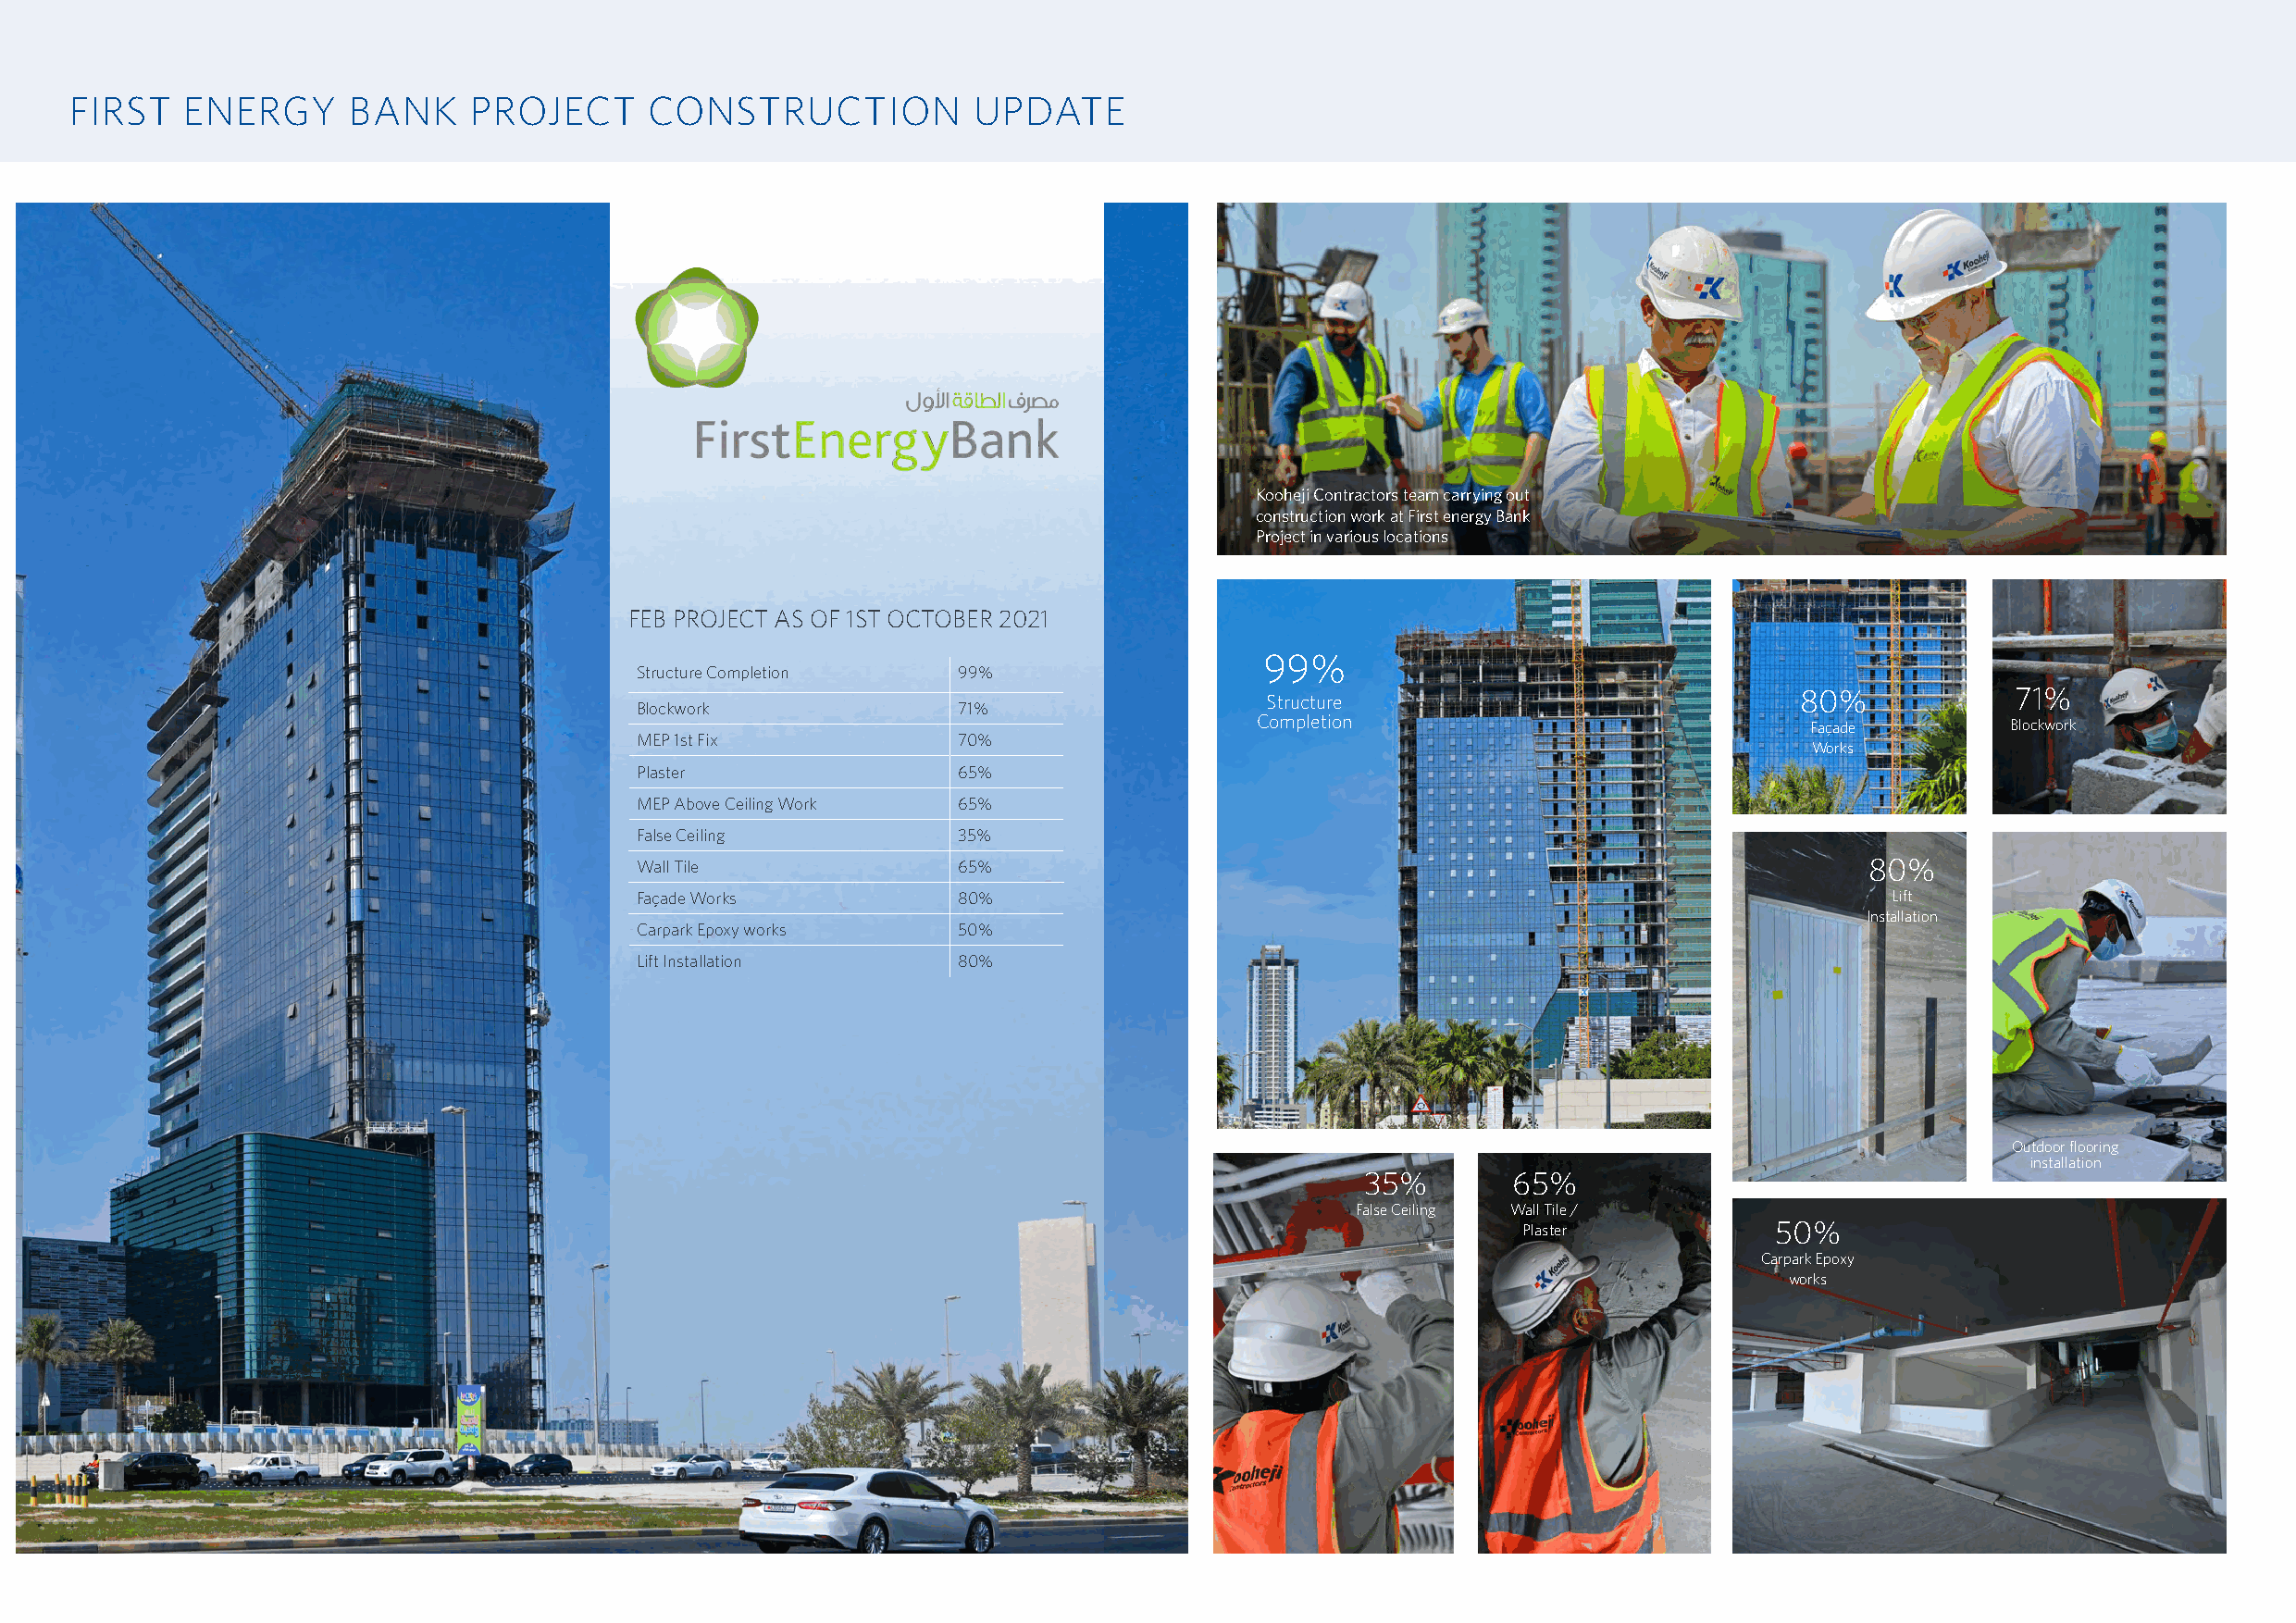
FIRST   ENERGY      BANK     PROJECT     CONSTRUCTION            UPDATE
 Kooheji Contractors team carrying out
 construction work at First energy Bank
 Project in various locations
 FEB PROJECT AS OF 1ST OCTOBER 2021
 99%
 Structure Completion   99%
 80%            71%
 Structure
 Blockwork              71%
 Completion                             Façade         Blockwork
 MEP 1st Fix            70%
 Works
 Plaster                65%
 MEP Above Ceiling Work 65%
 False Ceiling          35%
 Wall Tile              65%                                                              80%
 Façade Works           80%                                                               Lift
 Installation
 Carpark Epoxy works    50%
 Lift Installation      80%
 Outdoor flooring
 installation
 35%       65%
 False Ceiling Wall Tile /
 Plaster           50%
 Carpark Epoxy
 works